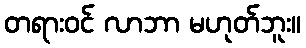
တရားဝင် လာဘာ မဟုတ်ဘူး။